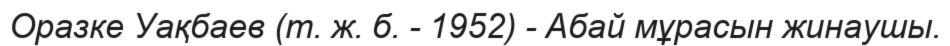
Оразке Уақбаев (т. ж. б. - 1952) - Абай мұрасын жинаушы.